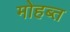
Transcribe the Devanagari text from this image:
मोहब्त